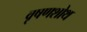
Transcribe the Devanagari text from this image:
वृषणशोथ